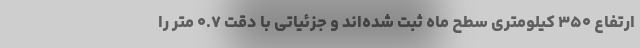
ارتفاع ۳۵۰ کیلومتری سطح ماه ثبت شده‌اند و جزئیاتی با دقت ۰.۷ متر را